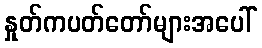
နှုတ်ကပတ်တော်များအပေါ်